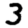
Digit: 3